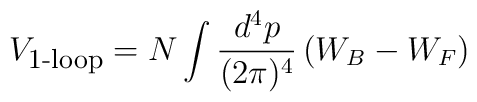
V_{\mbox{\footnotesize 1-loop}} =N\int \frac{d^4 p}{(2\pi)^4} \left(W_B - W_F \right)